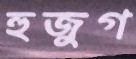
হুজুগ